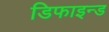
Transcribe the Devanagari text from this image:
डिफाइन्ड